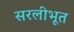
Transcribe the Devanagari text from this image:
सरलीभूत